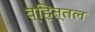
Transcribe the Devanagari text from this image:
व्हित्तल